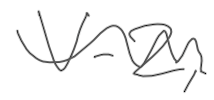
Text: V-2,
Cross-out: wave
Writing tool: digital_gray